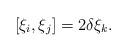
LaTeX: \begin{align*}[\xi_i,\xi_j]=2\delta\xi_k.\end{align*}